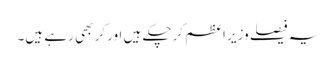
یہ فیصلے وزیر اعظم کرچکے ہیں اور کر بھی رہے ہیں۔